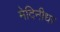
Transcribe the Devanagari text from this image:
मेदिनीधर